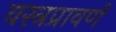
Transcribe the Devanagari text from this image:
वस्त्रप्रावर्ण